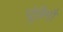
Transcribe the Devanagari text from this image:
पूंछैगौ